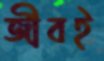
জীবই